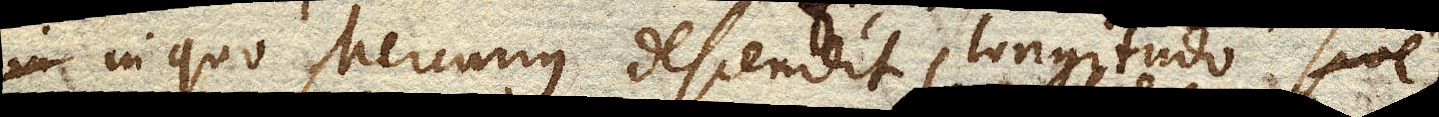
in quo Mercurius descendit longitudo